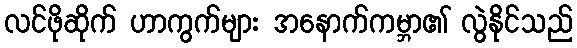
လင်ဖိုဆိုက် ဟာကွက်များ အနောက်ကမ္ဘာ၏ လွဲနိုင်သည်